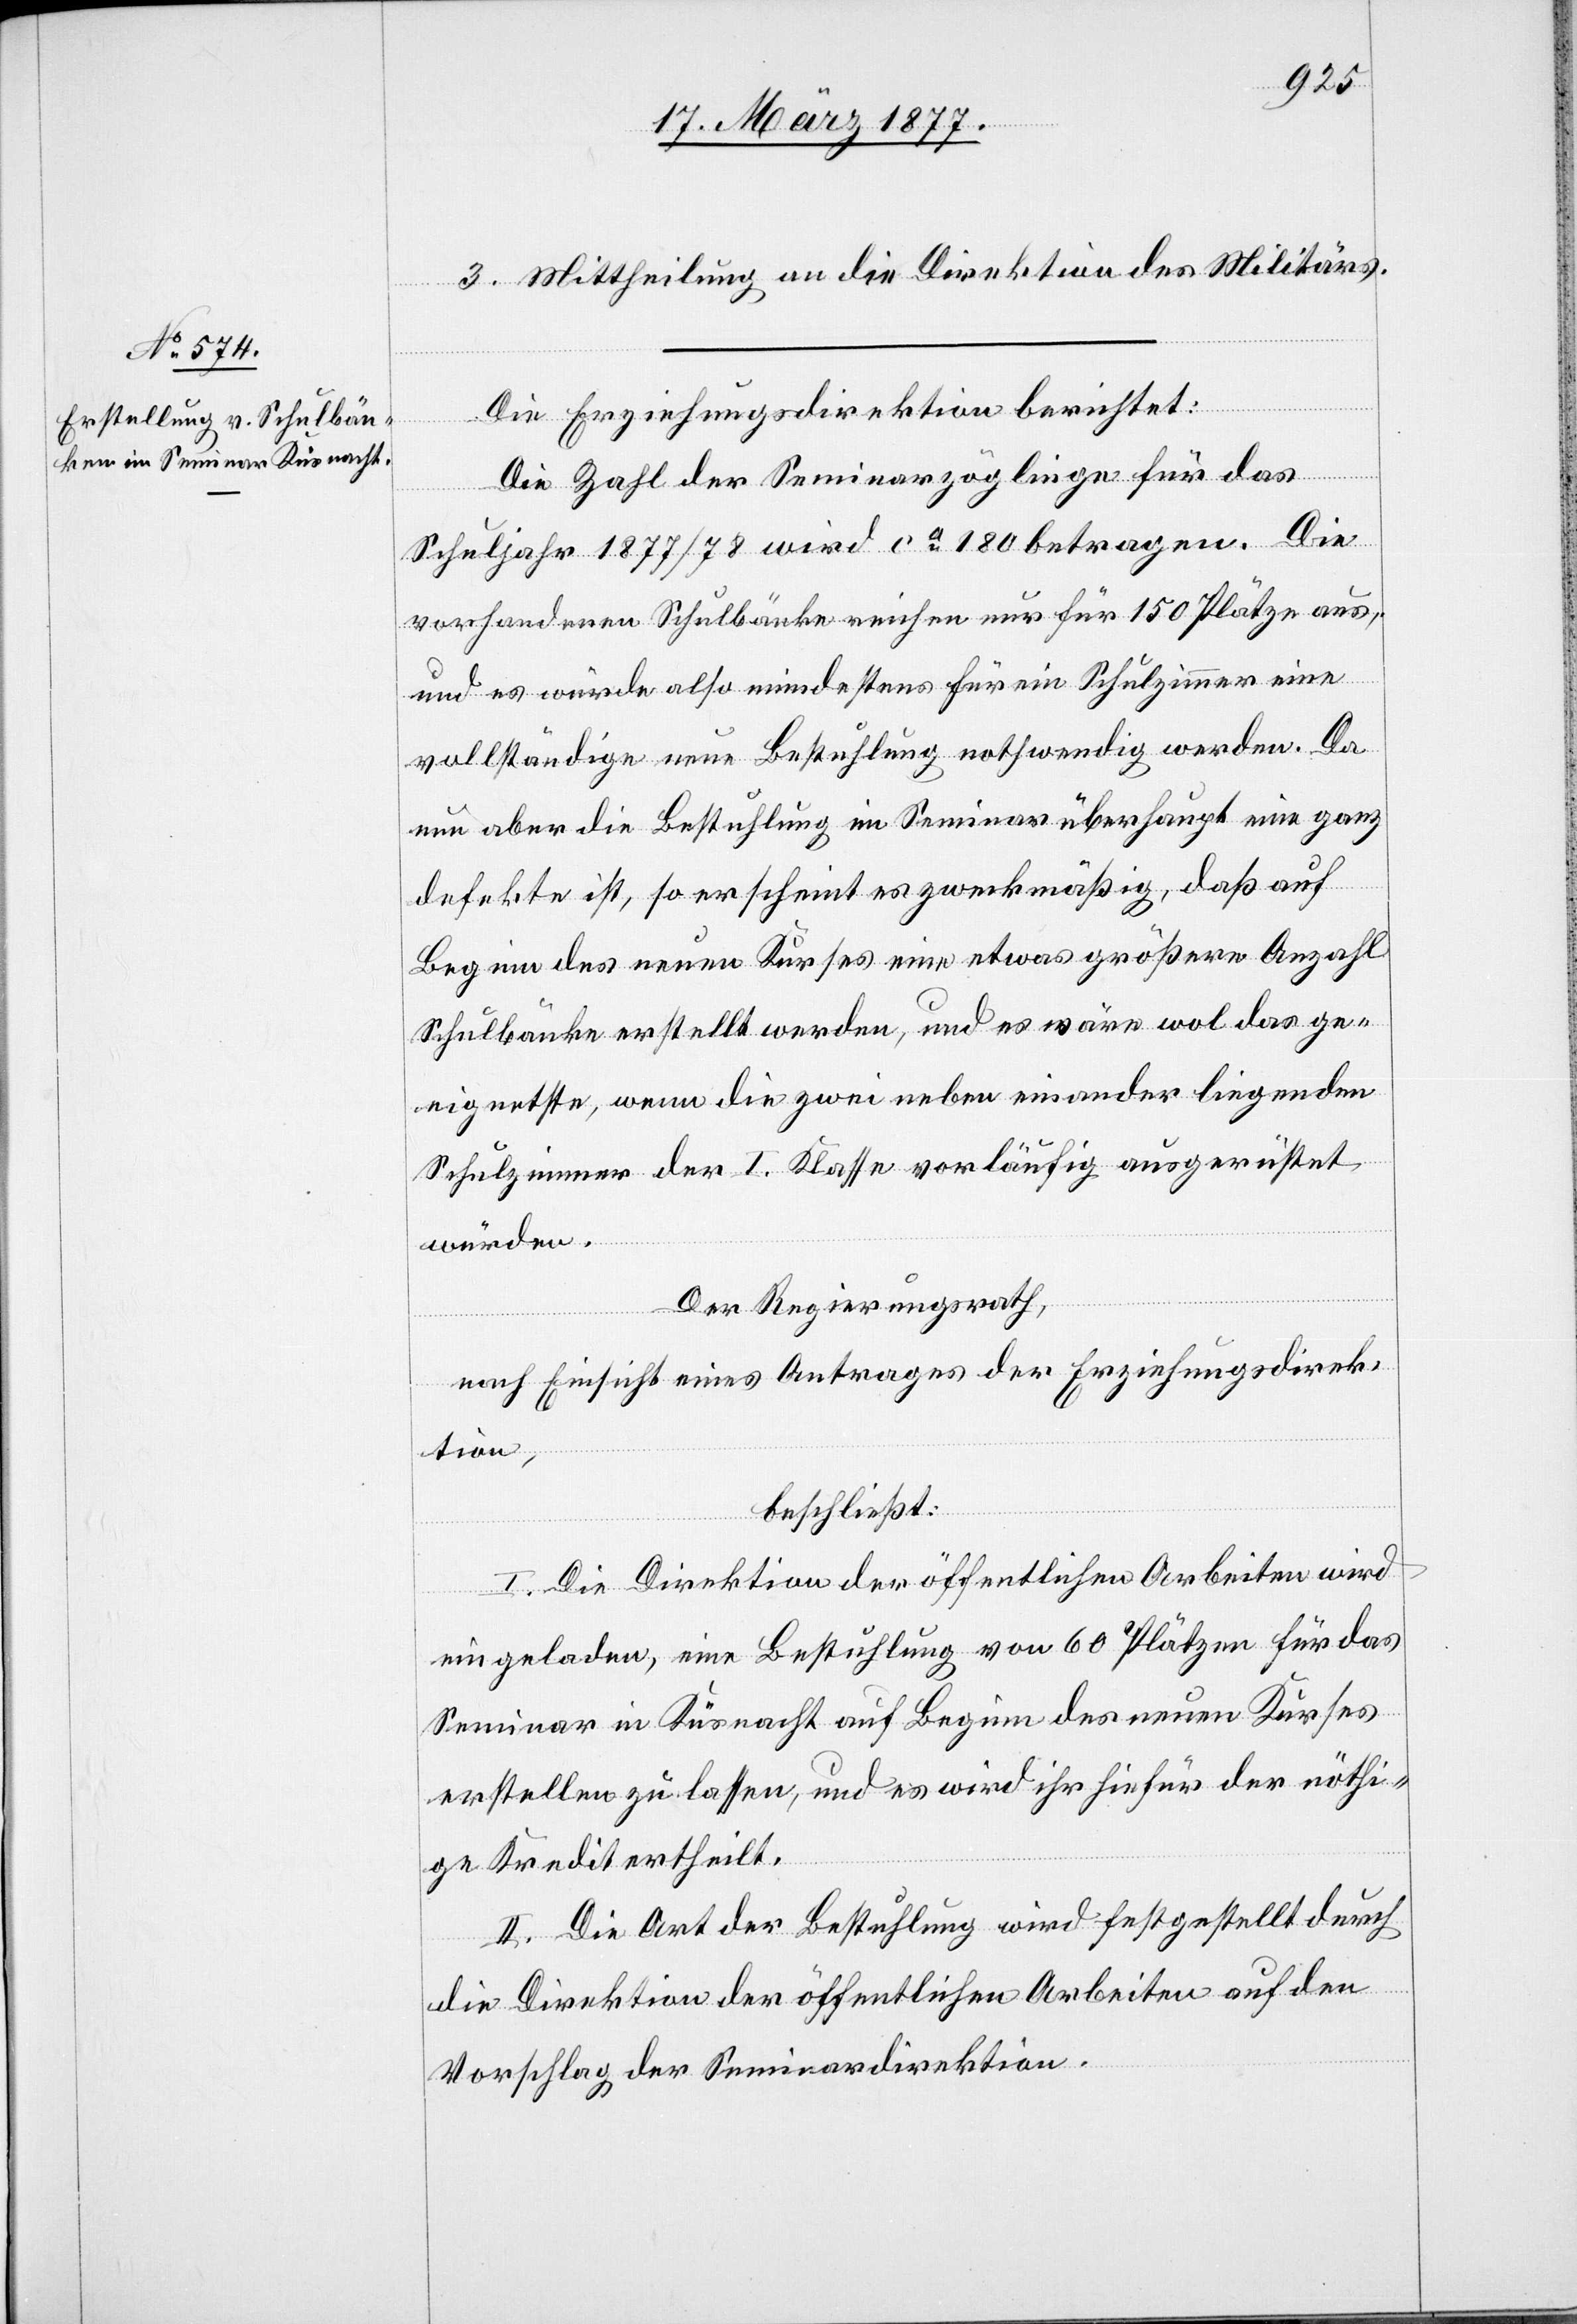
3. Mittheilung an die Direktion des Militärs.
Die Erziehungsdirektion berichtet:
Die Zahl der Seminarzöglinge für das
Schuljahr 1877/78 wird ca 180 betragen. Die
vorhandenen Schulbänke reichen nur für 150 Plätze aus,
und es würde also mindestens für ein Schulzimmer eine
vollständige neue Bestuhlung nothwendig werden. Da
nun aber die Bestuhlung im Seminar überhaupt eine ganz
defekte ist, so erscheint es zweckmäßig, daß auf
Beginn des neuen Kurses eine etwas größere Anzahl
Schulbänke erstellt werden, und es wäre wol das ge¬
eignetste, wenn die zwei neben einander liegenden
Schulzimmer der I. Klasse vorläufig ausgerüstet
würden.
Der Regierungsrath,
nach Einsicht eines Antrages der Erziehungsdirek¬
tion,
beschließt:
I. Die Direktion der öffentlichen Arbeiten wird
eingeladen, eine Bestuhlung von 60 Plätzen für das
Seminar in Küsnacht auf Beginn des neuen Kurses
erstellen zu lassen, und es wird ihr hiefür der nöthi¬
ge Kredit ertheilt.
II. Die Art der Bestuhlung wird festgestellt durch
die Direktion der öffentlichen Arbeiten auf den
Vorschlag der Seminardirektion.